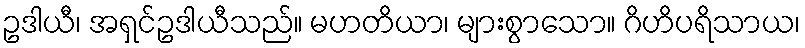
ဥဒါယီ၊ အရှင်ဥဒါယီသည်။ မဟတိယာ၊ များစွာသော။ ဂိဟိပရိသာယ၊